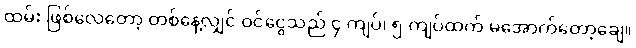
ထမ်း ဖြစ်လေတော့ တစ်နေ့လျှင် ဝင်ငွေသည် ၄ ကျပ်၊ ၅ ကျပ်ထက် မအောက်တော့ချေ။